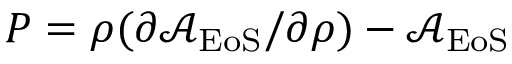
P = \rho ( \partial \mathcal { A } _ { \mathrm { E o S } } / \partial \rho ) - \mathcal { A } _ { \mathrm { E o S } }